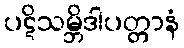
ပဋိသမ္ဘိဒါပတ္တာနံ